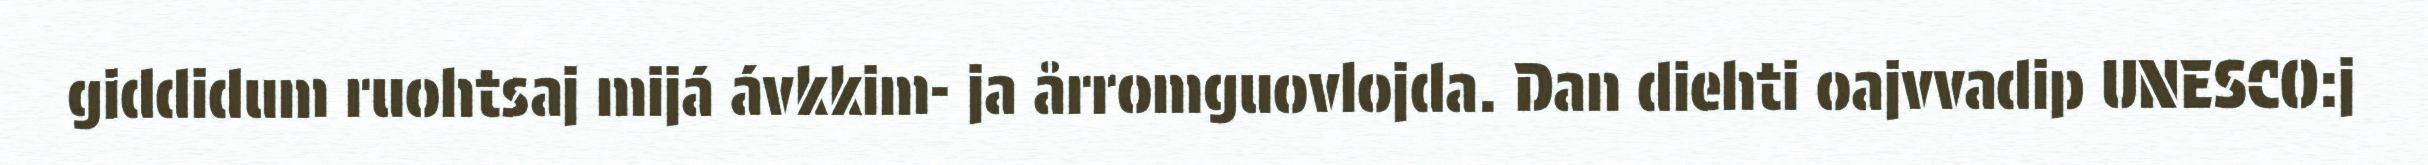
giddidum ruohtsaj mijá ávkkim- ja årromguovlojda. Dan diehti oajvvadip UNESCO:j